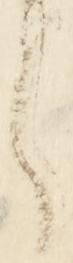
ら